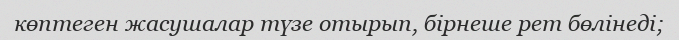
көптеген жасушалар түзе отырып, бірнеше рет бөлінеді;